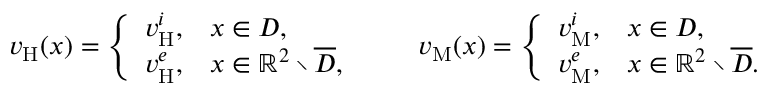
\begin{array} { r } { v _ { \mathrm { H } } ( x ) = \left\{ \begin{array} { l l } { v _ { \mathrm { H } } ^ { i } , } & { x \in D , } \\ { v _ { \mathrm { H } } ^ { e } , } & { x \in \mathbb { R } ^ { 2 } \setminus \overline { { D } } , } \end{array} \right. \qquad v _ { \mathrm { M } } ( x ) = \left\{ \begin{array} { l l } { v _ { \mathrm { M } } ^ { i } , } & { x \in D , } \\ { v _ { \mathrm { M } } ^ { e } , } & { x \in \mathbb { R } ^ { 2 } \setminus \overline { { D } } . } \end{array} \right. } \end{array}